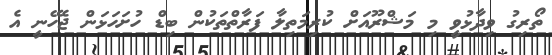
ތޯރިގު ވިދާޅުވީ މި މަޝްރޫއަށް ކުރިމަތިލާ ފަރާތްތަކުން ބިޑް ހުށަހަޅަން ޖެހޭނީ އެ